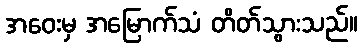
အဝေးမှ အမြောက်သံ တိတ်သွားသည်။